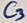
Text: C3